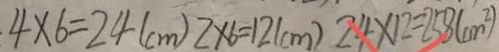
. 4 \times 6 = 2 4 ( c m ) 2 \times 6 = 1 2 ( c m ) 2 4 \times 1 2 = 2 5 8 ( m ^ { 2 } )